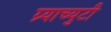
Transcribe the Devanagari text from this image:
ग्र्याच्युटी